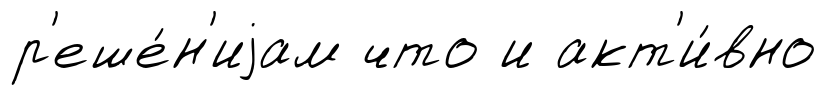
р'еше́н'иjам что и акт'и́вно